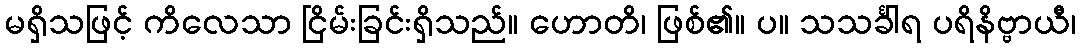
မရှိသဖြင့် ကိလေသာ ငြိမ်းခြင်းရှိသည်။ ဟောတိ၊ ဖြစ်၏။ ပ။ သသင်္ခါရ ပရိနိဗ္ဗာယီ၊